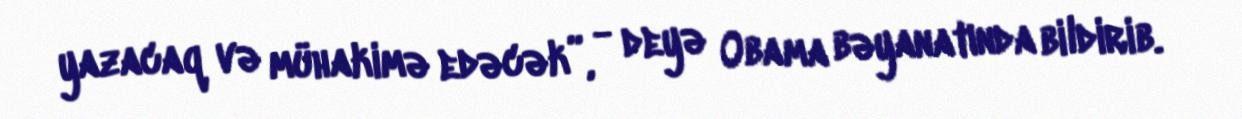
yazacaq və mühakimə edəcək”, - deyə Obama bəyanatında bildirib.